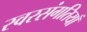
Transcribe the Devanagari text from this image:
स्वरसंगतियाँ